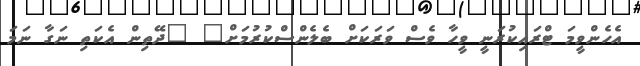
އެހެންވީމަ ޓްރައިކުރަނީ ވީހާ ވެސް ވަރަކަށް ބެލެންސްކުރުމަށް" "ދޭތިން އެކަތި ނަގާ ނަމަ